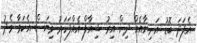
އެފަދަ ބޮޑު އަނިޔާއެއް ދިން އިރު ޝިއާފް އެއްފަހަރު ވިޔަސް އެކަމާ މެދު